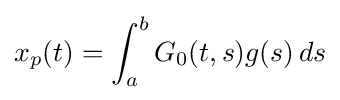
x_{p}(t)=\int _{a}^{b}G_{0}(t,s)g(s)\,ds